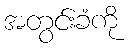
အတွင်းခံကို